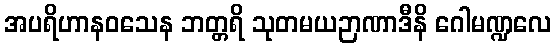
အပရိဟာနဝသေန ဘတ္တရိ သုတမယဉာဏာဒီနိ ဂေါမဏ္ဍလေ